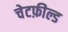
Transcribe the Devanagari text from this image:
चेटफ़ील्ड